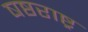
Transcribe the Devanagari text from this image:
षष्ठराष्ट्र